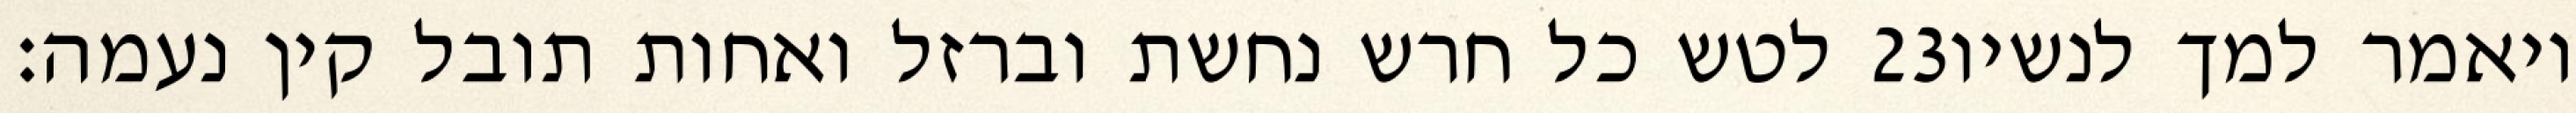
לטש כל חרש נחשת וברזל ואחות תובל קין נעמה׃ ‎23‏ ויאמר למך לנשיו